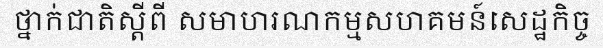
ថ្នាក់ជាតិស្តីពី សមាហរណកម្មសហគមន៍សេដ្ឋកិច្ច